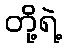
တို့ရဲ့